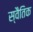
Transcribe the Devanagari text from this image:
स्वैतिक